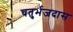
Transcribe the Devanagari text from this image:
चतुर्भजदास